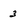
Character: 3